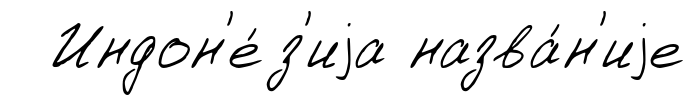
Индон'е́з'иjа назва́н'иjе